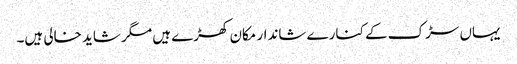
یہاں سڑک کے کنارے شاندار مکان کھڑے ہیں مگر شاید خالی ہیں۔